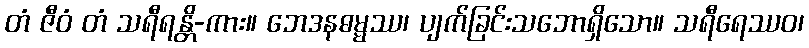
တံ ဇီဝံ တံ သရီရန္တိ-ကား။ ဘေဒနဓမ္မဿ၊ ပျက်ခြင်းသဘောရှိသော။ သရီရေဿဝ၊